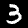
Digit: 3